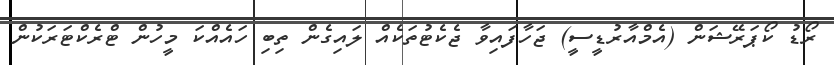
ރޯޑު ކޯޕަރޭޝަން (އެމްއާރުޑީސީ) ޖަހާފައިވާ ޖެކެޓުތަކެއް ލައިގެން ތިބި ހައެއްކަ މީހުން ޓްރެކްޓަރަކުން